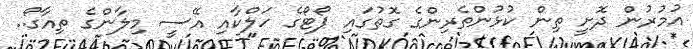
އުމުރުން ދޮށީ ތިން ކުޅުންތެރިންގެ ގޮތުގައި ޕޯޓޯގެ ހަލްކާއި އޭސީ މިލާންގެ ތިއާގޯ..